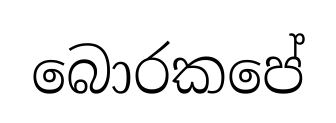
බොරකපේ